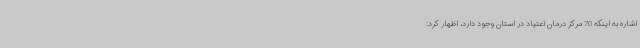
اشاره به اینکه 70 مرکز درمان اعتیاد در استان وجود دارد، اظهار کرد: